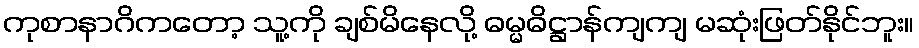
ကုစာနာဂိကတော့ သူ့ကို ချစ်မိနေလို့ ဓမ္မဓိဋ္ဌာန်ကျကျ မဆုံးဖြတ်နိုင်ဘူး။